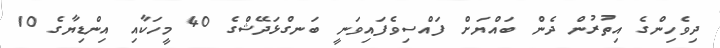
ދިވެހިންގެ އިތުރުން ދެން ބައްޔަށް ފައްސިވެފައިވަނީ ބަނގްޅަދޭޝްގެ 40 މީހަކާއި އިންޑިޔާގެ 10